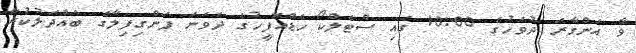
ވާ އަންގާރަ ދުވަހުގެ 10:00 ގައި ސްޓެލްކޯ ހެޑްއޮފީހުގެ ދެވަނަ ފަންގިފިލާގެ ބައްދަލުކުރާ